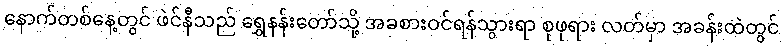
နောက်တစ်နေ့တွင် ဖဲင်နီသည် ရွှေနန်းတော်သို့ အခစားဝင်ရန်သွားရာ စုဖုရား လတ်မှာ အခန်းထဲတွင်